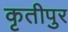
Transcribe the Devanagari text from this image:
कृतीपुर